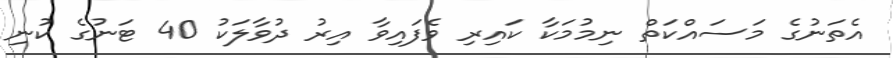
އެތަނުގެ މަސައްކަތް ނިމުމަކާ ކައިރި ވެފައިވާ އިރު ދުވާލަކު 40 ޓަނުގެ ކުނި